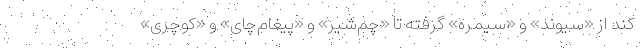
کند از «سیوند» و «سیمره» گرفته تا «چم‌شیر» و «پیغام‌چای» و «کوچری»